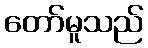
တော်မူသည်